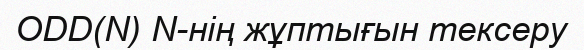
ODD(N) N-нің жұптығын тексеру